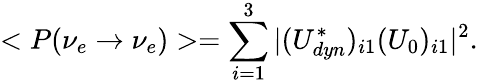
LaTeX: <P(\nu_{e}\rightarrow\nu_{e})>=\sum_{i=1}^{3}|(U_{dyn}^{*})_{i1}(U_{0})_{i1}|^{2}.